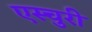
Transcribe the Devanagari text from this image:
एस्चुरी